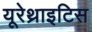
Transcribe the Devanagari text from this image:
यूरेथ्राइटिस